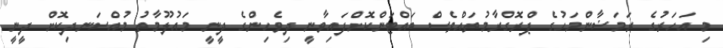
މި އަހަރުގެ ރަމަޟާންމަހުގެ ޕްރޮގްރާމުތައްވެސް ބައްޓަންކޮށްފައިވާނީ ދިވެހިންގެ ދީނީ މައުލޫމާތު މުއްސަނދިކޮށް ދީނީ